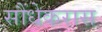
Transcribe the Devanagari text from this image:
सौंधेकरास